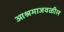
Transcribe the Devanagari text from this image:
आश्रमाजवळील